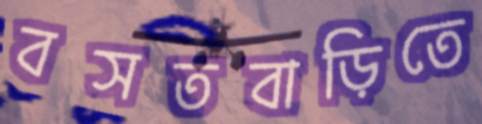
বসতবাড়িতে